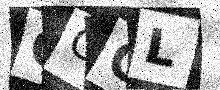
Text: CGGL